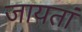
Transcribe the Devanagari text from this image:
जायतां